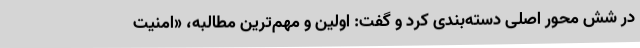
در شش محور اصلی دسته‌بندی کرد و گفت: اولین و مهم‌ترین مطالبه، «امنیت